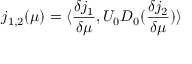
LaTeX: j _ { 1 , 2 } ( \mu ) = \langle \frac { \delta j _ { 1 } } { \delta \mu } , U _ { 0 } D _ { 0 } ( \frac { \delta j _ { 2 } } { \delta \mu } ) \rangle